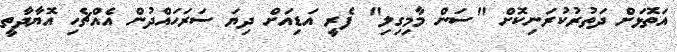
އަތޮޅަށް ދަތުރުކުރަނިކޮށް "ސަން މާމިގިލި" ފެރީ އަޑިއަށް ދިޔަ ސަރަހައްދުން އެއްޗެހި އޮޔާދާތީ